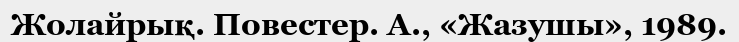
Жолайрық. Повестер. А., «Жазушы», 1989.